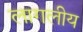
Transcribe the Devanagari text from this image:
लागलीय